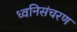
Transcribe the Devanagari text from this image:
ध्वनिसंचरण